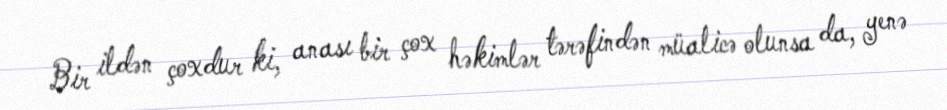
Bir ildən çoxdur ki, anası bir çox həkimlər tərəfindən müalicə olunsa da, yenə